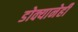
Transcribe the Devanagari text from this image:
डोक्यानेही